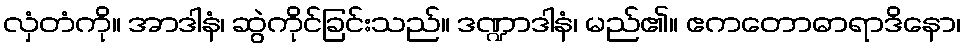
လှံတံကို။ အာဒါနံ၊ ဆွဲကိုင်ခြင်းသည်။ ဒဏ္ဍာဒါနံ၊ မည်၏။ ဧကတောဓာရာဒိနော၊